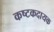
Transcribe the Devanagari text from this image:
कष्टकदायक